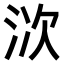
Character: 𣳩